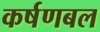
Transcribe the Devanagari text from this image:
कर्षणबल